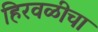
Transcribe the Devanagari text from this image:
हिरवळीचा